Applicability to medico-legal practice in India of the biochemical tests for the origin of blood-stains - Number 39
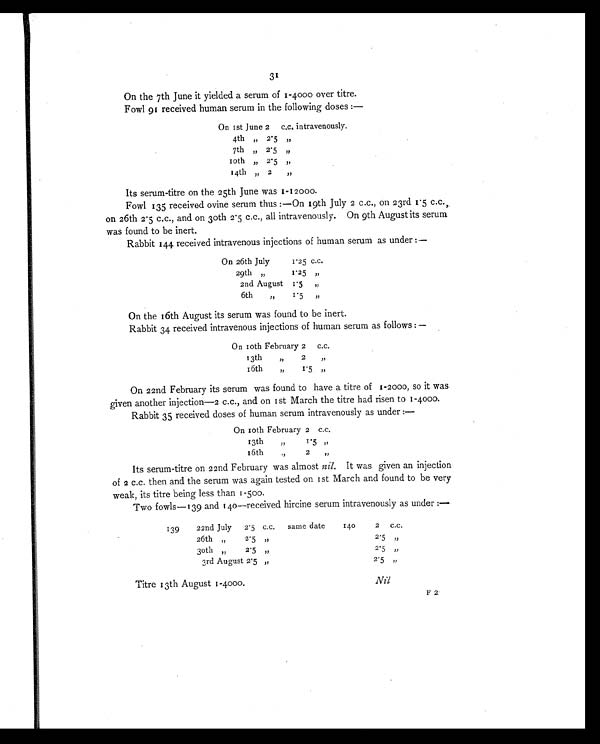
31
On the 7th June it yielded a serum of 1-4000 over titre.
Fowl 91 received human serum in the following doses :—
On 1st June 2 c.c. intravenously.
4th " 2.5
"
7th " 2.5 "
1 0 t h " 2.5 "
14th " 2
"
Its serum-titre on the 25th June was 1-12000.
Fowl 135 received ovine serum thus:—On 19th July 2 c.c., on 23rd 1.5 c.c.,
on 26th 2.5 c.c., and on 30th 2.5 c.c., all intravenously. On 9th August its serum
was found to be inert.
Rabbit 144 received intravenous injections of human serum as under:—
On 26th July
1.25 c.c.
29th "
1.25 "
2nd August 1.5 "
6 t h
"
1.5 "
On the 16th August its serum was found to be inert.
Rabbit 34 received intravenous injections of human serum as follows:—
On 10th February 2 c.c.
1 3 t h "
2 "
16th
"
1.5 "
On 22nd February its serum was found to have a titre of 1-2000, so it was
given another injection—2 c.c., and on 1st March the titre had risen to 1-4000.
Rabbit 35 received doses of human serum intravenously as under:—
On 10th February 2 c.c.
13th
"
1.5 "
16th "
2 "
Its serum-titre on 22nd February was almost nil. It was given an injection
of 2 c.c. then and the serum was again tested on 1st March and found to be very
weak, its titre being less than 1-500.
Two fowls—139 and 140—received hircine serum intravenously as under :—
139
22nd July 2.5 c.c. same date
140
2 c.c.
26th "
2.5 "
2.5 "
30th "
2.5 "
2.5 "
3rd August 2.5 "
2.5 "
Titre 13th August 1-4000.
Nil
F 2